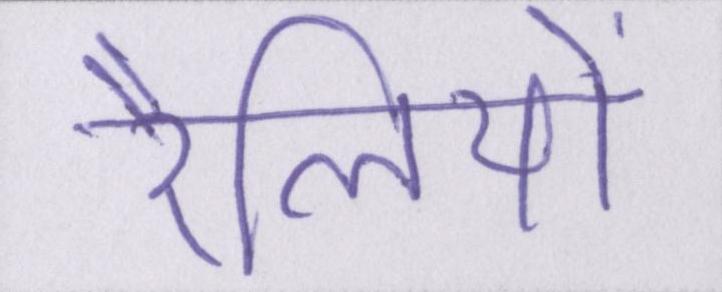
रैलियों